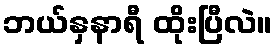
ဘယ်နှနာရီ ထိုးပြီလဲ။